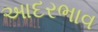
આદરભાવ